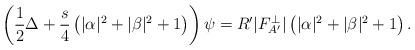
LaTeX: \begin{align*}\left( \frac{1}{2} \Delta + \frac{s}{4} \left( |\alpha|^2 + |\beta|^2 +1 \right) \right) \psi = R' |F_{A'}^{\perp} | \left( |\alpha|^2 + |\beta|^2 + 1 \right) . \end{align*}